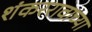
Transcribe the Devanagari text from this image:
शंकररावाच्या